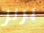
برنز